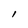
Character: l